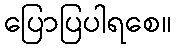
ပြောပြပါရစေ။